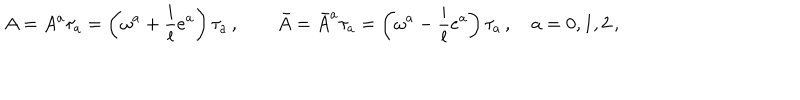
A = A ^ { a } \tau _ { a } = \left( \omega ^ { a } + \frac i l e ^ { a } \right) \tau _ { a } \, , \qquad \bar { A } = { \bar { A } } ^ { a } \tau _ { a } = \left( \omega ^ { a } - \frac i l e ^ { a } \right) \tau _ { a } \, , \quad a = 0 , 1 , 2 \, ,